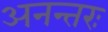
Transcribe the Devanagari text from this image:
अनन्तरः